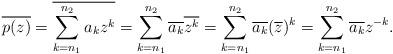
LaTeX: \begin{align*}\overline{p(z)} = \overline{ \sum_{k = n_{1}}^{n_{2}} a_{k} z^{k} } = \sum_{k = n_{1}}^{n_{2}} \overline{ a_{k} } \overline{ z^{k} } = \sum_{k = n_{1}}^{n_{2}} \overline{ a_{k} } ( \overline{ z } )^{k} = \sum_{k = n_{1}}^{n_{2}} \overline{ a_{k} } z^{-k} .\end{align*}